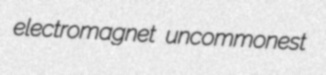
electromagnet uncommonest